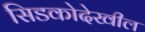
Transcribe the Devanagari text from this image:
सिडकोदेखील